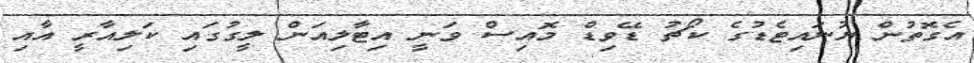
އެގޮތުން ޔުނައިޓެޑުގެ ކޯޗު ޑޭވިޑް މޮއިސް ވަނީ އިޓާލިއަން ލީގުގައި ކަލިއާރީ އާއި